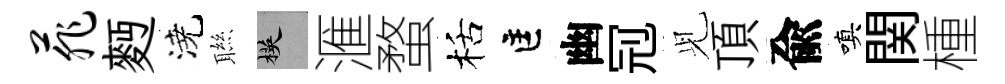
菲麪澆聮楧滙蝥栝匡幽𠜍𫤗頂兪嗔関㮔